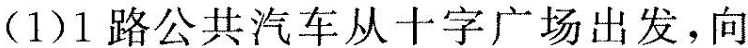
(1)1路公共汽车从十字广场出发，向